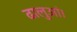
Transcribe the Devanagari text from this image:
ढालुआं।